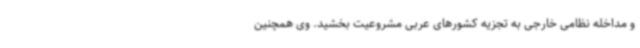
و مداخله نظامی خارجی به تجزیه کشورهای عربی مشروعیت بخشید. وی همچنین